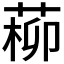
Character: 𦵂